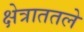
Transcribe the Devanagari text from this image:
क्षेत्राततले